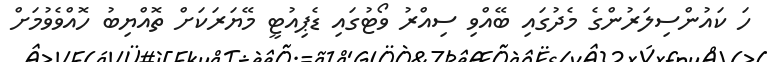
ހަ ކައުންސިލަރުންގެ މެދުގައި ބޭއްވި ސިއްރު ވޯޓުގައި ޑެޕިއުޓީ މޭޔަރަކަށް ތޮއްޔިބު ހޮއްވެވުމަށް